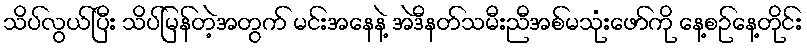
သိပ်လွယ်ပြီး သိပ်မြန်တဲ့အတွက် မင်းအနေနဲ့ အဲဒီနတ်သမီးညီအစ်မသုံးဖော်ကို နေ့စဉ်နေ့တိုင်း